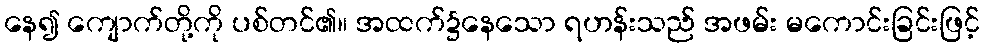
နေ၍ ကျောက်တို့ကို ပစ်တင်၏။ အထက်၌နေသော ရဟန်းသည် အဖမ်း မကောင်းခြင်းဖြင့်